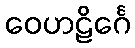
ဝေဟဠိင်္ဂေ